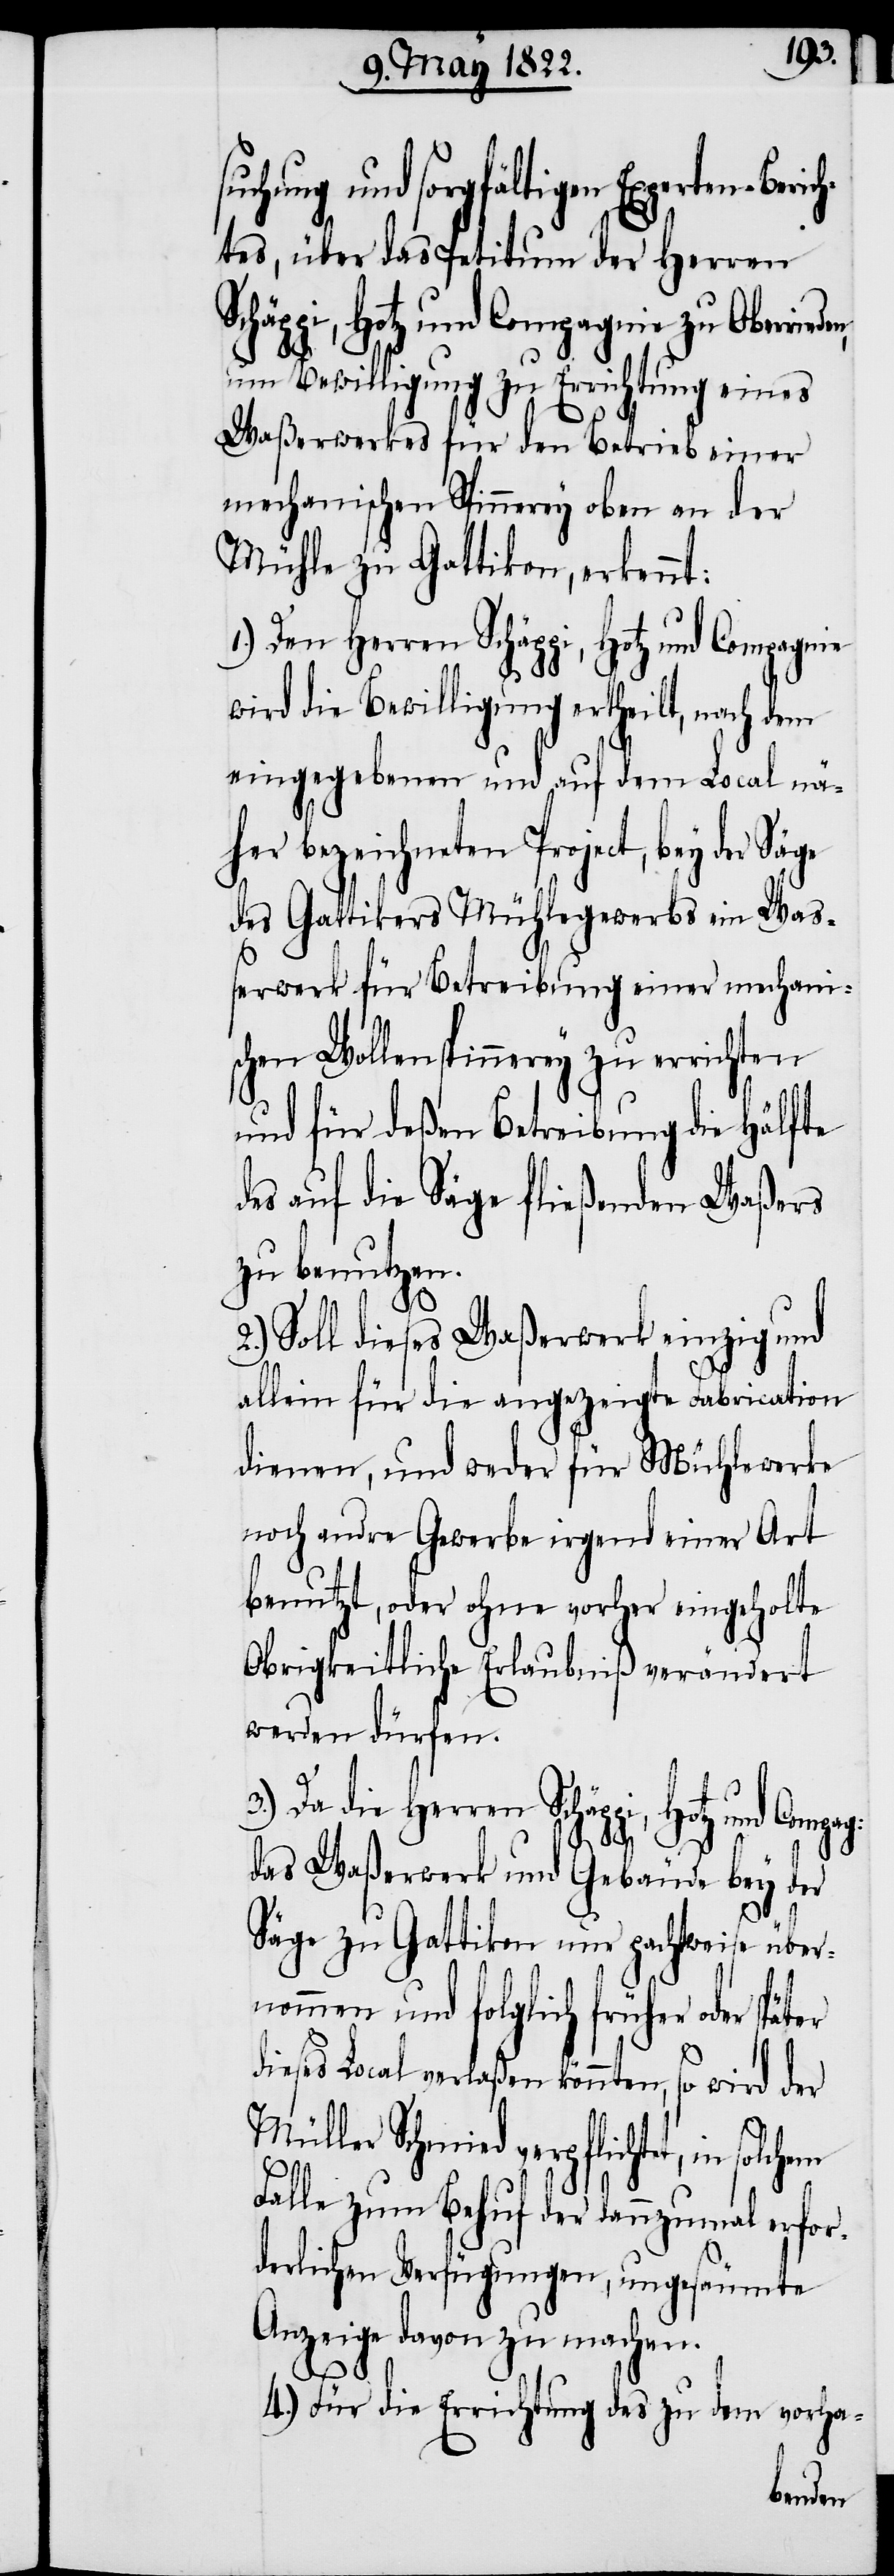
uchung und sorgfältigen Experten-Beri¬
chtes, über das Petitum der Herren
Hotz und Compagnie zu Oberri¬
um Bewilligung zu Errichtung eines
Waßerrechtes für den Betrieb einer
mechanischen Spinnerey oben an der
Mühle zu Gattikon, erkennt:
wird die Bewilligung ertheilt, nach dem
eingegebenen und auf dem Local nä¬
her bezeichneten Project, bey
des Gattikers Mühlegewerbs ein Wa¬
ßerwerk für Betreibung einer mechani¬
schen Wollenspinnerey zu errichten
und für deßen Betreibung die Hälfte
des auf die Säge fließenden Waßers
zu benutzen.
2.)
Soll dieses Waßerwerk einzig und
allein für die angezeigte Fabrication
dienen, und weder für Mühlewerke
noch andre Gewerbe irgend einer Art
benutzt, oder ohne vorher eingeholte
Obrigkeitliche Erlaubniß verändert
werden dürfen.
3.) Da die Herren Schäppi, Hotz und
1.)
das Waßerwerk und Gebäude bey der
Säge zu Gattikon nur pachtweise über¬
nommen und folglich früher oder
dieses Local verlaßen könnten, so wird der
Müller Schmied verpflichtet, in
Falle zum Behuf der dannzumal erfor¬
derlichen Verfügungen, ungesäumte
Anzeige davon zu machen.
4.) Für die Errichtung des zu dem vorha-
eden,